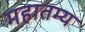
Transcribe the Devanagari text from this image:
महातम्य